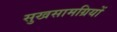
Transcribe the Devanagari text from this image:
सुखसामग्रियों